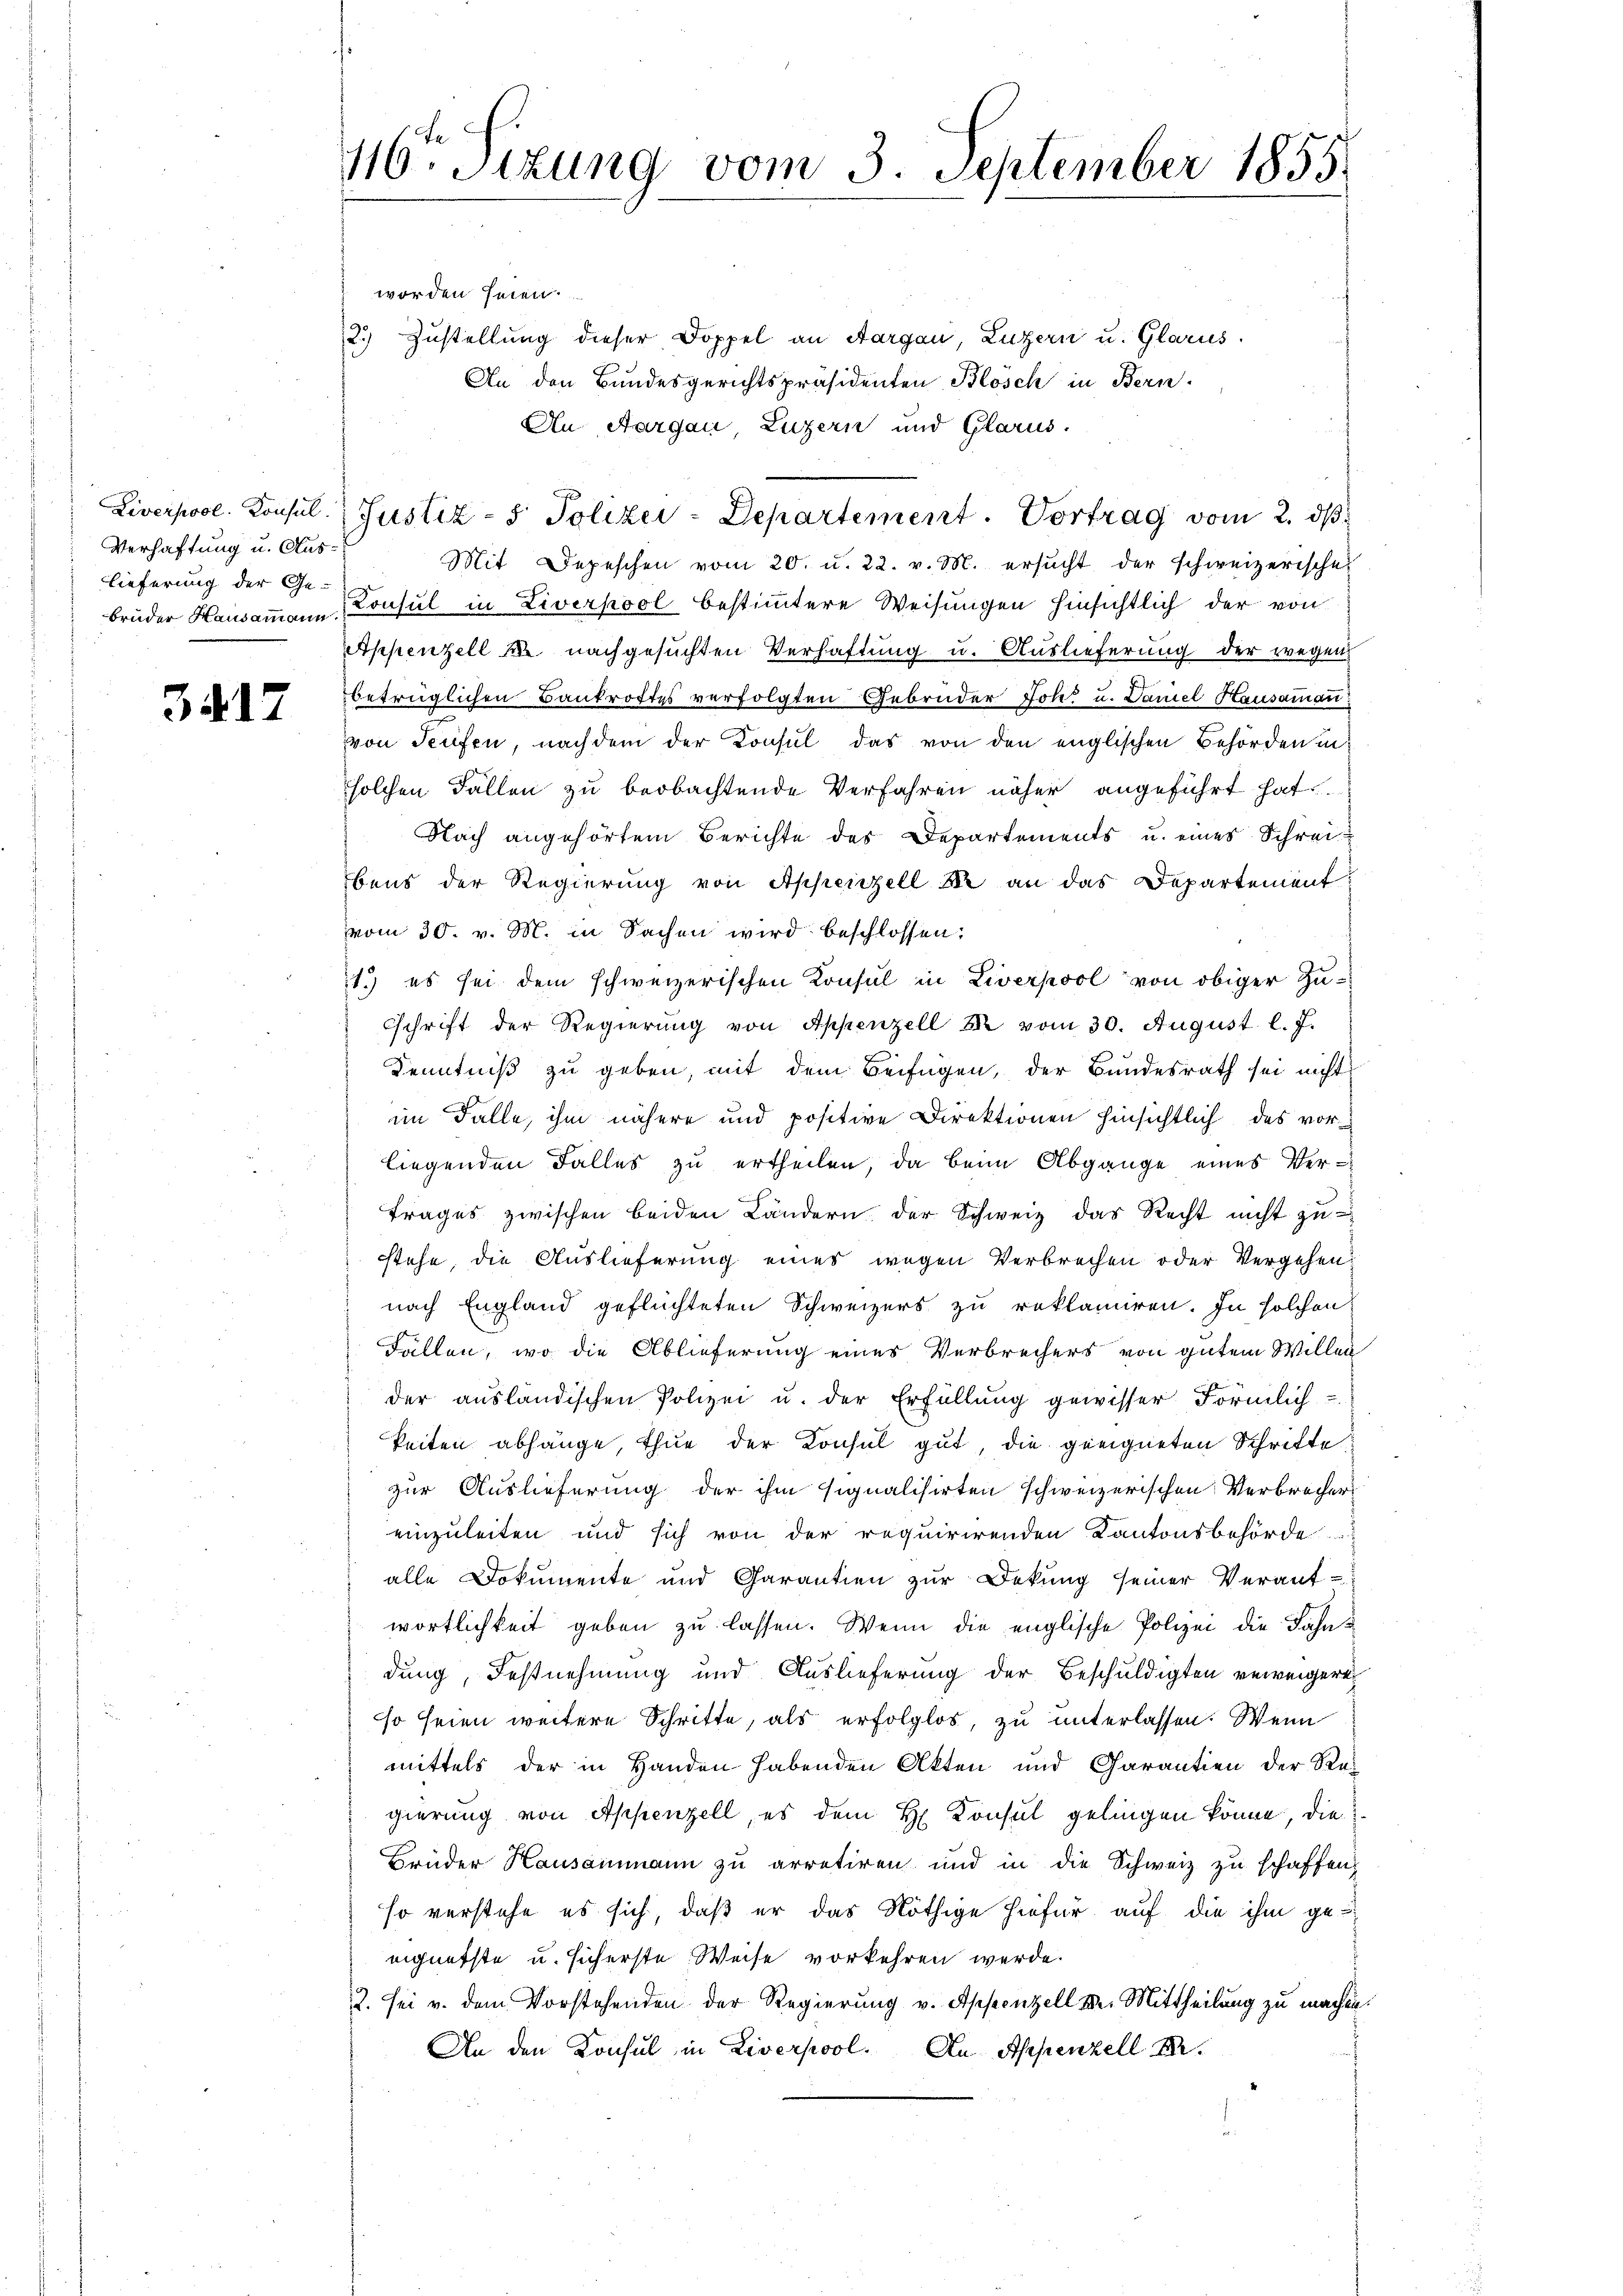
Verhaftung u. Ausbrüder Hausammann

3417

116ten Sizung vom 3. September 1855.

worden seien.
2.) Zustellung dieser Doppel an Aargau, Luzern u. Glarus.
An den Bundesgerichtspräsidenten Blösch in Bern
An Aargau, Luzern und Glarus.
Liverpool. Konsul Justiz- & Polizei-Departement. Vortrag vom 2. dβ
Mit Depeschen vom 20. u. 22. v. M. ersucht der schweizerische
lieferung der Sr. Konsul in Liverpool bestimmtere Weisungen hinsichtlich der von
Appenzell u. nachgesuchten Verhaftung u. Auslieferung der wegens
betrüglichen Bankrottes verfolgten Gebrüder Joh u. Daniel Hausammann
von Seifen, nachdem der Konsul das von den englischen Behörden in
solchen Fällen zu beobachtende Verfahren näher angeführt hat.
Nach angehörtem Berichte des Departements u. eines Schreibens der Regierung von Appenzell Se an das Departement
vom 30. v. M. in Sachen wird beschlossen:
1.) es sei dem schweizerischen Konsul in Liverpool von obiger Zu¬
Schrift der Regierung von Appenzell A. vom 30. August l. J.
Kenntniß zu geben, mit dem Beifügen, der Bundesrath sei nicht
im Falle, ihm nähere und positive Direktionen hinsichtlich das vorliegenden Falles zu ertheilen, da beim Abgange eines Ver-
trages zwischen beiden Ländern der Schweiz das Recht nicht zu
stehe, die Auslieferung eines wegen Verbrechen oder Vergehen.
nach England geflüchteten Schweizers zu reklamiren. In solchen
Fällen, wo die Ablieferung eines Verbrechers von gutem Willen
der ausländischen Polizei u. der Erfüllung gewisser Förmlich
keiten abhänge, thue der Konsul gut, die geeigneten Schrifte
zur Auslieferung der ihm signalisirten schweizerischen Verbrecher
einzuleiten und sich von der requirirenden Kantonsbehörde
alle Dokumente und Garantien zur Dekŭng seiner Verant-
wortlichkeit geben zu lassen. Wenn die englische Polizei die Fahndung, Festnehmung und Auslieferung der Beschuldigten verweigere
sso seien weitere Schritte, als erfolglos, zu unterlassen. Wenn
mittels der in Handen habenden Akten und Carantien der Re
gierung von Appenzell, es dem H. Konsul gelingen könne, die
Brüder Hausammann zu arretiren und in die Schweiz zu schaffen,
so verstehe es sich, daß er das Nöthige hiefür auf die ihm geeignetste u. sicherste Weise vorkehren werde.
2. sei v. dem Vorstehenden der Regierung v. Appenzell Dr. Mittheilung zu machte.
An den Konsul in Liverpool. In Appenzell M.